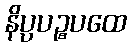
နိပ္ပပဉ္စပထေ